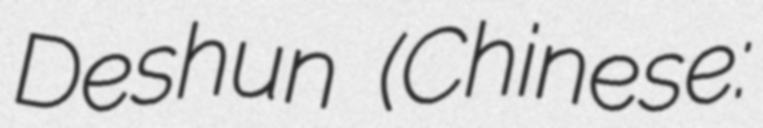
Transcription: Deshun (Chinese: